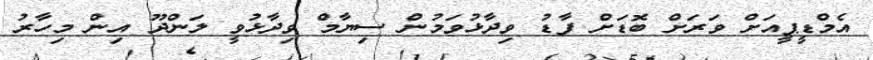
އެމްޑީޕީއަށް ވަރަށް ބޮޑަށް ފާޑު ވިދާޅުވަމުން ސިޔާމް ވިދާޅުވީ ލަންދޫ އިން މިހާރު